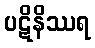
ပဋိနိဿရ